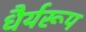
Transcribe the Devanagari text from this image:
धैर्यरूप